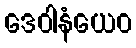
ဒေဝါနံယေဝ